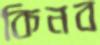
কিনব